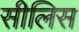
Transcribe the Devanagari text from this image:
सीलिस